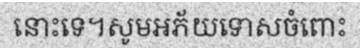
នោះទេ។សូមអភ័យទោសចំពោះ